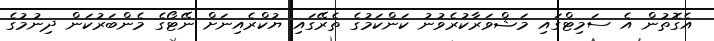
އެގޮތުން އެ ސަމިޓްގައި މަޝްވަރާކުރެވުނު ކަންކަމުގެ ތެރޭގައި ޔުކްރެއިނަށް ނޭޓޯގެ މެންބަރުކަން ދިނުމުގެ